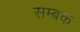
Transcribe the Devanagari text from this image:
सम्बक